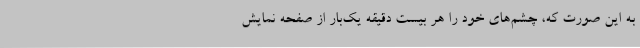
به این صورت که، چشم‌های خود را هر بیست دقیقه یک‌بار از صفحه نمایش